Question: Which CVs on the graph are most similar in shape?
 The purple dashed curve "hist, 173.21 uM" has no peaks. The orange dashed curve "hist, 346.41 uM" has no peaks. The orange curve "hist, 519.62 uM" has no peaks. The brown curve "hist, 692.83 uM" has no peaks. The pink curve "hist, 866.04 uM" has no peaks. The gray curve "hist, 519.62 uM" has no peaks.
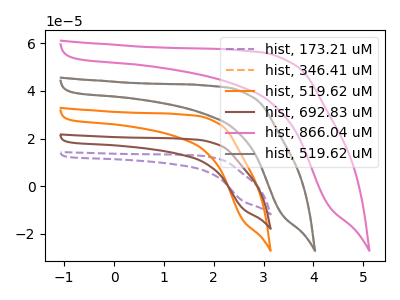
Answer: <think>Neither "hist, 173.21 uM" or "hist, 346.41 uM" have any peaks. Neither "hist, 173.21 uM" or "hist, 519.62 uM" have any peaks. Neither "hist, 173.21 uM" or "hist, 692.83 uM" have any peaks. Neither "hist, 173.21 uM" or "hist, 866.04 uM" have any peaks. Neither "hist, 173.21 uM" or "hist, 519.62 uM" have any peaks. Neither "hist, 346.41 uM" or "hist, 519.62 uM" have any peaks. Neither "hist, 346.41 uM" or "hist, 692.83 uM" have any peaks. Neither "hist, 346.41 uM" or "hist, 866.04 uM" have any peaks. Neither "hist, 346.41 uM" or "hist, 519.62 uM" have any peaks. Neither "hist, 519.62 uM" or "hist, 692.83 uM" have any peaks. Neither "hist, 519.62 uM" or "hist, 866.04 uM" have any peaks. Neither "hist, 519.62 uM" or "hist, 519.62 uM" have any peaks. Neither "hist, 692.83 uM" or "hist, 866.04 uM" have any peaks. Neither "hist, 692.83 uM" or "hist, 519.62 uM" have any peaks. Neither "hist, 866.04 uM" or "hist, 519.62 uM" have any peaks.
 </think>
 <answer>"hist, 519.62 uM", "hist, 173.21 uM", "hist, 346.41 uM", "hist, 692.83 uM", "hist, 866.04 uM" and "hist, 519.62 uM" have the same shape and are likely CV's of the same chemical.</answer>
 <eval>"hist, 519.62 uM" "hist, 173.21 uM" "hist, 346.41 uM" "hist, 692.83 uM" "hist, 866.04 uM" "hist, 519.62 uM"</eval>